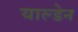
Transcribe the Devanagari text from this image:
याल्डेन